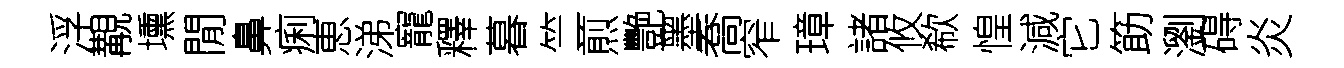
浮覯壎閒鼻痢恵涕寵釋暮竺煎艷墨喬窄璋諸攸欷惶減它筯瀏碍炎